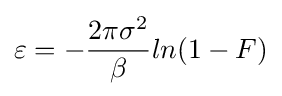
\varepsilon =-{\frac {2\pi \sigma ^{2}}{\beta }}ln(1-F)